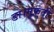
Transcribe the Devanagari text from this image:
डा।मुफ़्ती